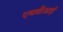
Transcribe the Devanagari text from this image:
एमवीआई